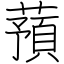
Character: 蕷